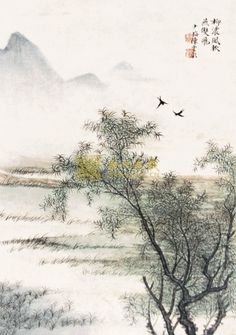
天街小雨润如酥，草色遥看近却无。